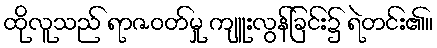
ထိုလူသည် ရာဇဝတ်မှု ကျူးလွန်ခြင်း၌ ရဲတင်း၏။